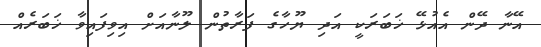
އޭނާ ދޭން އެއުޅޭ ޚަބަރަކީ އަދި ޔޫހާގެ ފަރާތުން ލޫނާއަށް އިވިފައިވާ ޚަބަރެއް